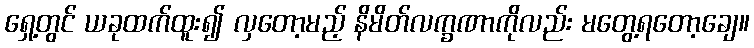
ရှေ့တွင် ယခုထက်ထူး၍ လှတော့မည့် နိမိတ်လက္ခဏာကိုလည်း မတွေ့ရတော့ချေ။